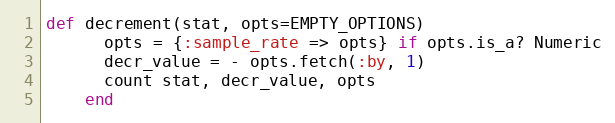
Language: Ruby
def decrement(stat, opts=EMPTY_OPTIONS)
      opts = {:sample_rate => opts} if opts.is_a? Numeric
      decr_value = - opts.fetch(:by, 1)
      count stat, decr_value, opts
    end